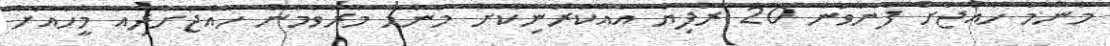
މަންމަ ހައްޖަށް ފޮނުވަން 20 ރުފިޔާ އެއްކުރަނިކޮށް މަންމަ މަރުވުމުން ހައްޖަށްދިއަ މީހާއަށް